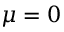
\mu = 0